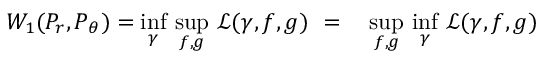
\begin{array} { r l } { W _ { 1 } ( P _ { r } , P _ { \theta } ) = \underset { \gamma } { \operatorname* { i n f } } \ \underset { f , g } { \operatorname* { s u p } } \ \mathcal { L } ( \gamma , f , g ) \ = { } } & { { } \underset { f , g } { \operatorname* { s u p } } \ \underset { \gamma } { \operatorname* { i n f } } \ \mathcal { L } ( \gamma , f , g ) } \end{array}